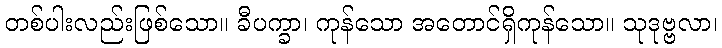
တစ်ပါးလည်းဖြစ်သော။ ခီပက္ခာ၊ ကုန်သော အတောင်ရှိကုန်သော။ သုဒုဗ္ဗလာ၊